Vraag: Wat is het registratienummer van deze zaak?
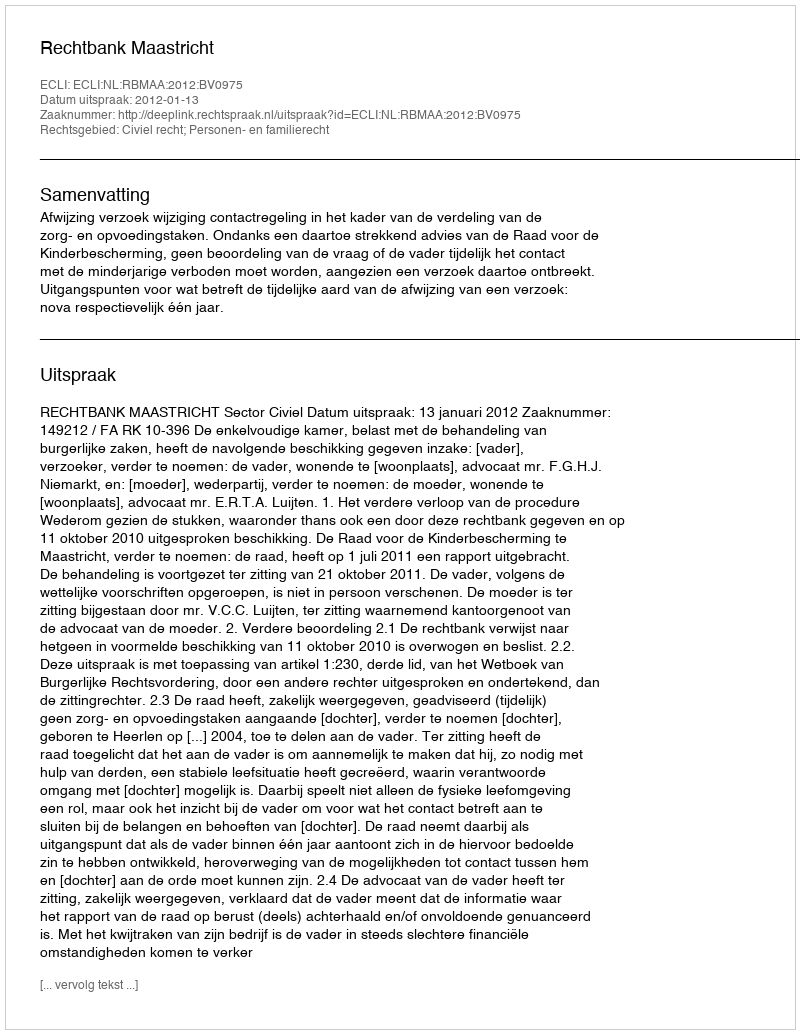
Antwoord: http://deeplink.rechtspraak.nl/uitspraak?id=ECLI:NL:RBMAA:2012:BV0975